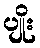
ပျိုး